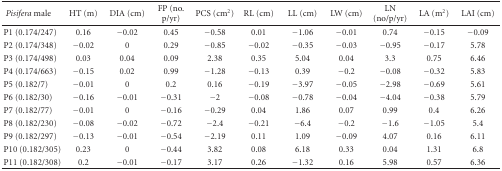
| Pisifera male | HT (m) | DIA (cm) | FP (no. p/yr) | PCS (cm2) | RL (cm) | LL (cm) | LW (cm) | LN (no/p/yr) | LA (m2) | LAI (cm) |
 | --- | --- | --- | --- | --- | --- | --- | --- | --- | --- | --- |
 | P1 (0.174/247) | 0.16 | −0.02 | 0.45 | −0.58 | 0.01 | −1.06 | −0.01 | 0.74 | −0.15 | −0.09 |
 | P2 (0.174/348) | −0.02 | 0 | 0.29 | −0.85 | −0.02 | −0.35 | −0.03 | −0.95 | −0.17 | 5.78 |
 | P3 (0.174/498) | 0.03 | 0.04 | 0.09 | 2.38 | 0.35 | 5.04 | 0.04 | 3.3 | 0.75 | 6.46 |
 | P4 (0.174/663) | −0.15 | 0.02 | 0.99 | −1.28 | −0.13 | 0.39 | −0.2 | −0.08 | −0.32 | 5.83 |
 | P5 (0.182/7) | −0.01 | 0 | 0.2 | 0.16 | −0.19 | −3.97 | −0.05 | −2.98 | −0.69 | 5.61 |
 | P6 (0.182/30) | −0.16 | −0.01 | −0.31 | −2 | −0.08 | −0.78 | −0.04 | −4.04 | −0.38 | 5.79 |
 | P7 (0.182/77) | −0.01 | 0 | −0.16 | −0.29 | 0.04 | 1.86 | 0.07 | 0.99 | 0.4 | 6.26 |
 | P8 (0.182/230) | −0.08 | −0.02 | −0.72 | −2.4 | −0.21 | −6.4 | −0.2 | −1.6 | −1.05 | 5.4 |
 | P9 (0.182/297) | −0.13 | −0.01 | −0.54 | −2.19 | 0.11 | 1.09 | −0.09 | 4.07 | 0.16 | 6.11 |
 | P10 (0.182/305) | 0.23 | 0 | −0.44 | 3.82 | 0.08 | 6.18 | 0.33 | 0.04 | 1.31 | 6.8 |
 | P11 (0.182/308) | 0.2 | −0.01 | −0.17 | 3.17 | 0.26 | −1.32 | 0.16 | 5.98 | 0.57 | 6.36 |